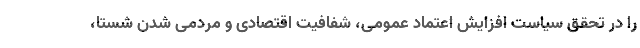
را در تحقق سیاست افزایش اعتماد عمومی، شفافیت اقتصادی و مردمی شدن شستا،